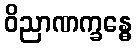
ဝိညာဏက္ခန္ဓေ